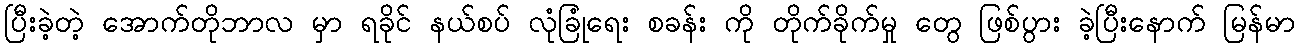
ပြီးခဲ့တဲ့ အောက်တိုဘာလ မှာ ရခိုင် နယ်စပ် လုံခြုံရေး စခန်း ကို တိုက်ခိုက်မှု တွေ ဖြစ်ပွား ခဲ့ပြီးနောက် မြန်မာ